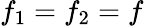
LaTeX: f_{1}=f_{2}=f